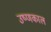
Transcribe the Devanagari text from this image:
उष्णकाल